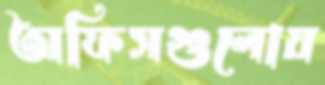
অফিসগুলোয়